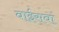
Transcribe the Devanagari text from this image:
बाईसवां